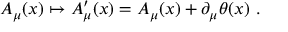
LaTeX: A _ { \mu } ( x ) \mapsto A _ { \mu } ^ { \prime } ( x ) = A _ { \mu } ( x ) + \partial _ { \mu } \theta ( x ) \ .